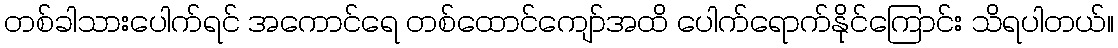
တစ်ခါသားပေါက်ရင် အကောင်ရေ တစ်ထောင်ကျော်အထိ ပေါက်ရောက်နိုင်ကြောင်း သိရပါတယ်။